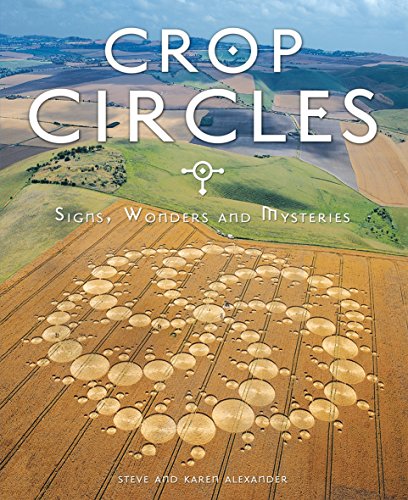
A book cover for Crop Circles: Signs, Wonders & Mysteries; Steve Alexander; Religion & Spirituality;